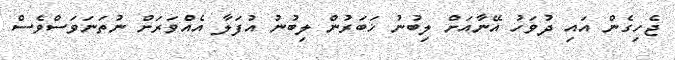
ޖެހިގެން އައި ދުވަހު އޭނާއަށް ލިބުނު ޚަބަރުން ލިބުނު އުފަލާ އެއްވަރަށް ނުތަނަވަސްވެސް